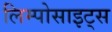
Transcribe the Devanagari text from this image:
लिम्पोसाइट्स